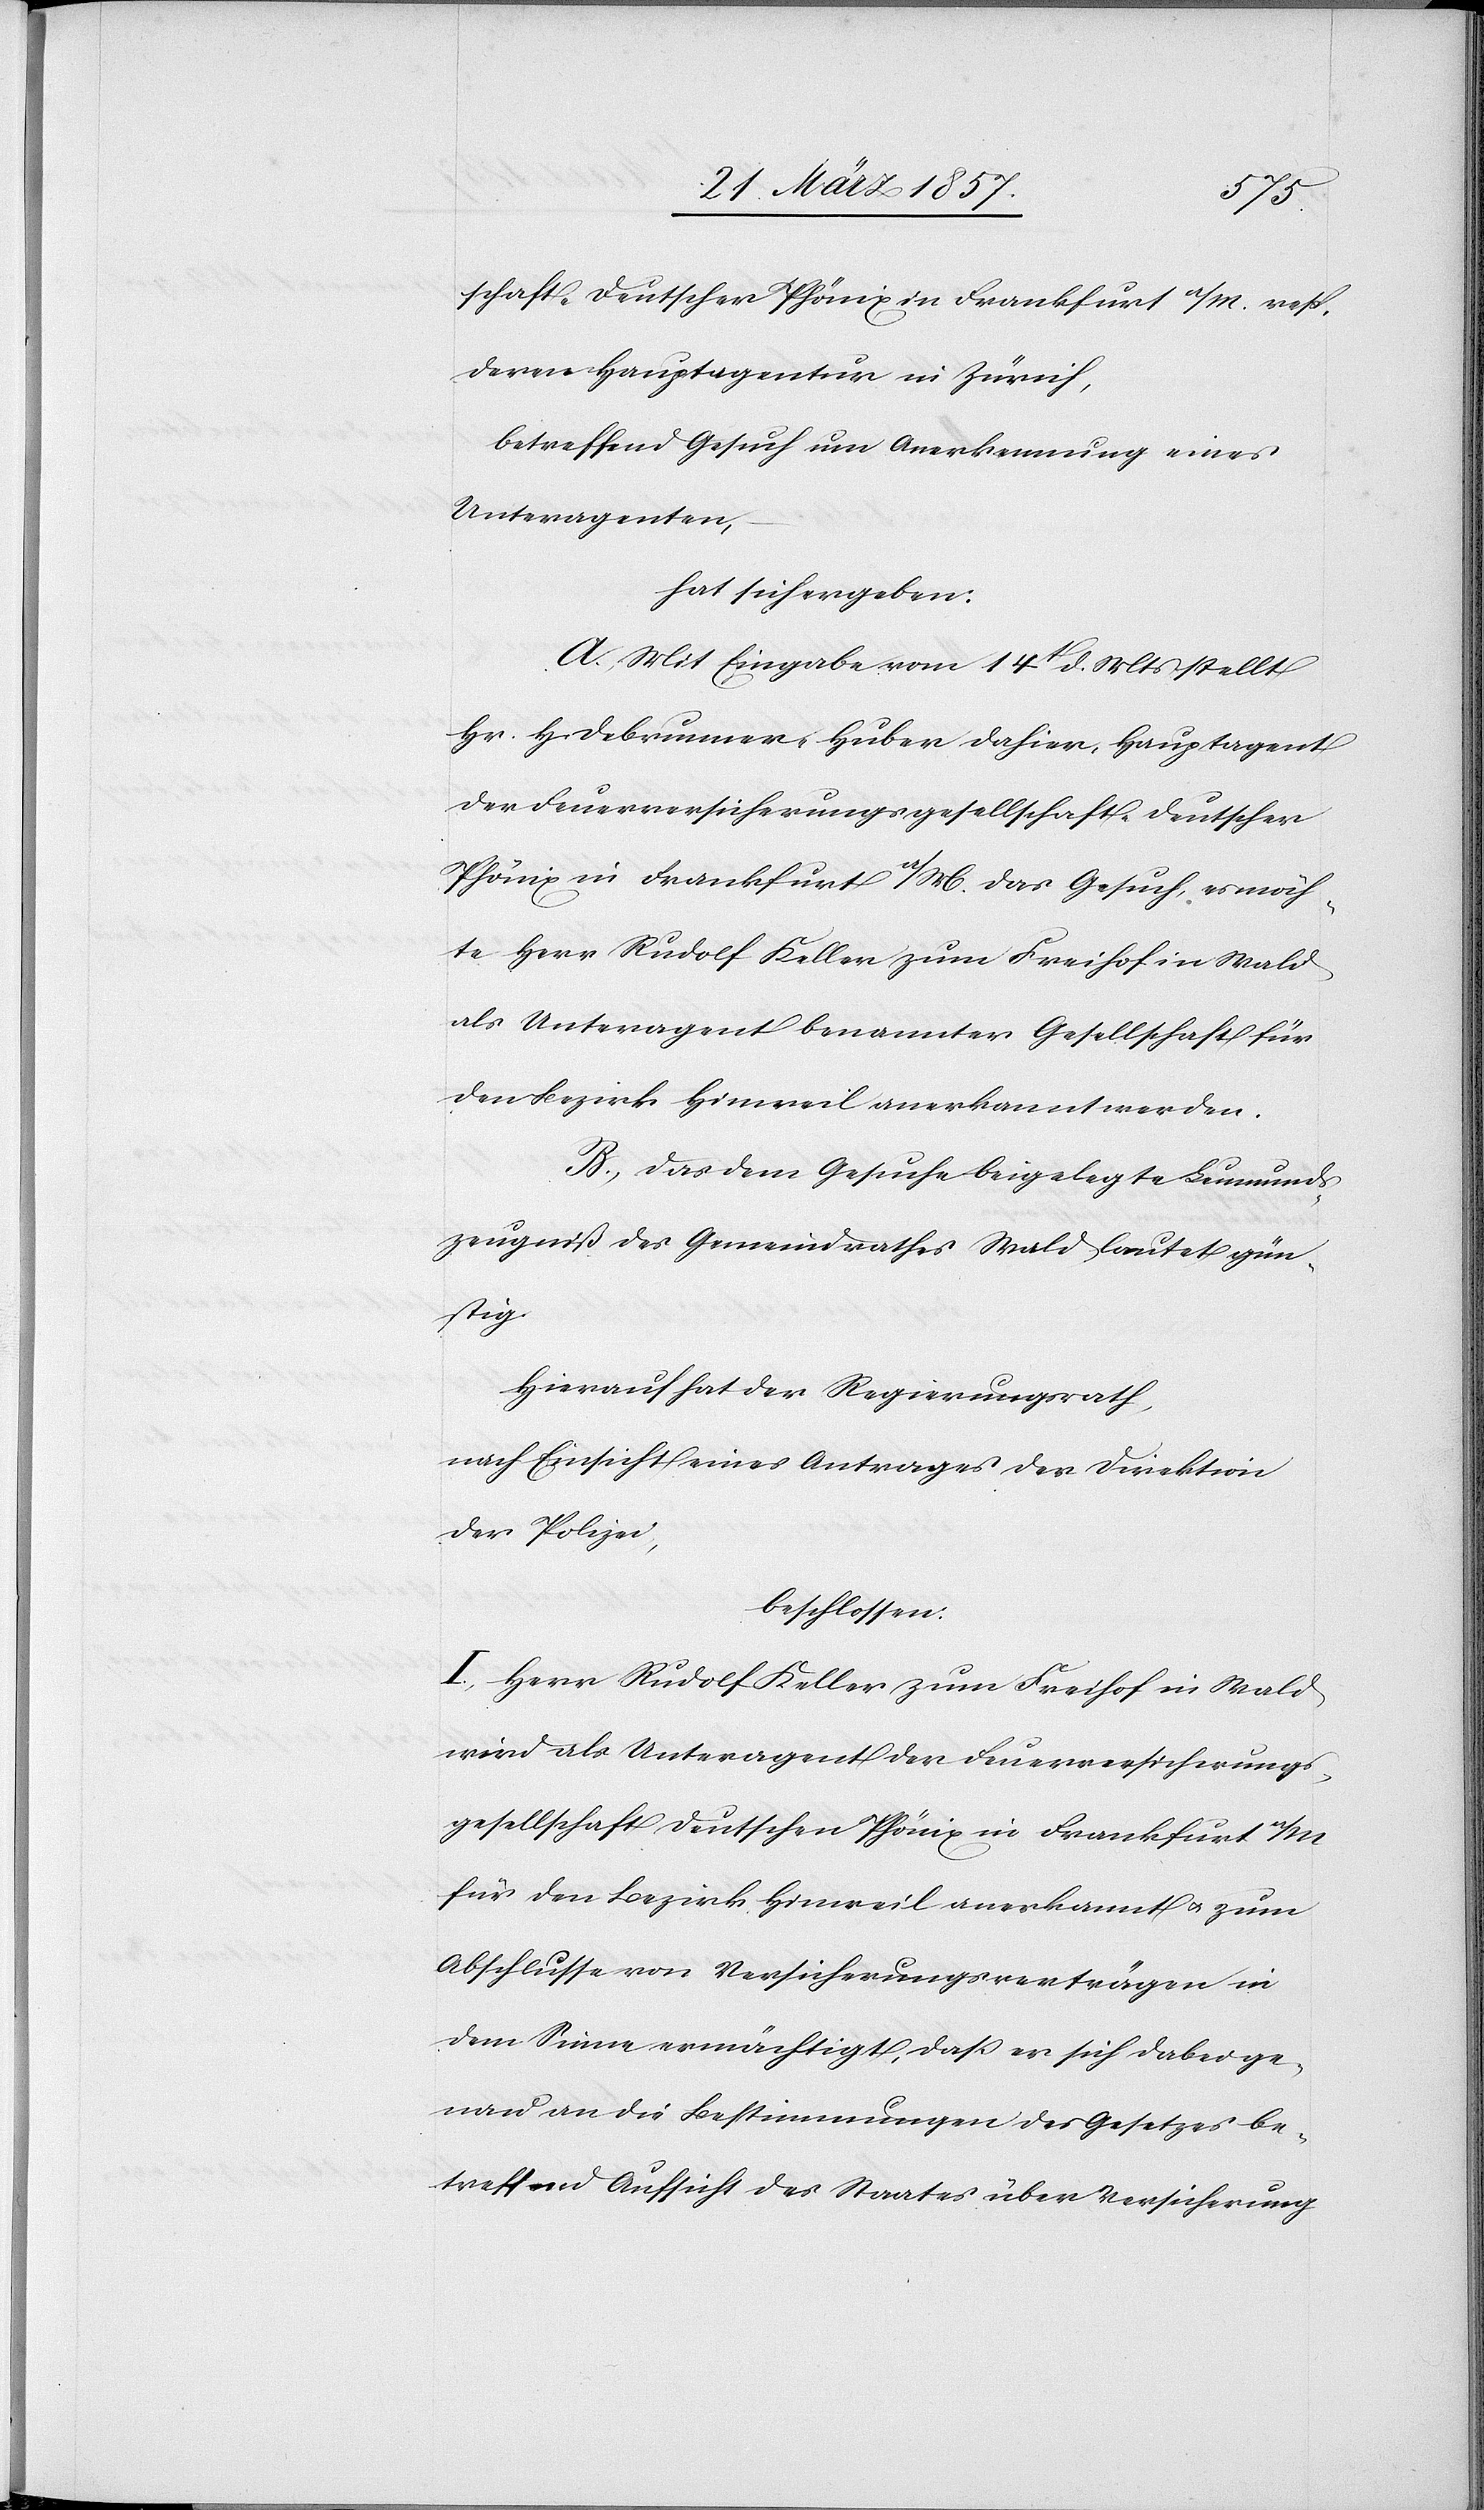
schaft „Deutscher Phönix[“] in Frankfurt a/M. resp.
deren Hauptagentur in Zürich,
betreffend Gesuch um Anerkennung eines
Unteragenten,
hat sich ergeben:
A. Mit Eingabe vom 14t d. Mts stellt
Hr. H. Debrunner-Huber dahier, Hauptagent
der Feuerversicherungsgesellschaft Deutscher
Phönix in Frankfurt a/M. das Gesuch, es möch¬
te Herr Rudolf Keller zum Freihof in Wald
als Unteragent benannter Gesellschaft für
den Bezirk Hinweil anerkannt werden.
B. Das dem Gesuche beigelegte Leumunds¬
zeugniß des Gemeindrathes Wald lautet gün¬
stig.
Hierauf hat der Regierungsrath,
nach Einsicht eines Antrages der Direktion
der Polizei,
beschlossen:
I. Herr Rudolf Keller zum Freihof in Wald
wird als Unteragent der Feuerversicherungs¬
gesellschaft Deutschen Phönix in Frankfurt a/M
für den Bezirk Hinweil anerkannt u. zum
Abschlusse von Versicherungsverträgen in
dem Sinne ermächtigt, daß er sich dabei ge¬
nau an die Bestimmungen des Gesetzes be¬
treffend Aufsicht des Staats über Versicherung